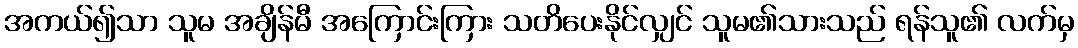
အကယ်၍သာ သူမ အချိန်မီ အကြောင်းကြား သတိပေးနိုင်လျှင် သူမ၏သားသည် ရန်သူ၏ လက်မှ